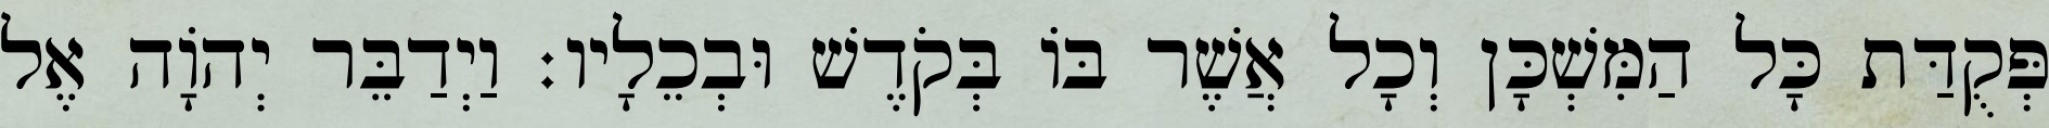
פְּקֻדַּת כָּל הַמִּשְׁכָּן וְכָל אֲשֶׁר בּוֹ בְּקֹדֶשׁ וּבְכֵלָיו׃ וַיְדַבֵּר יְהֹוָה אֶל